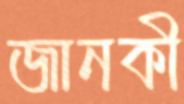
জানকী